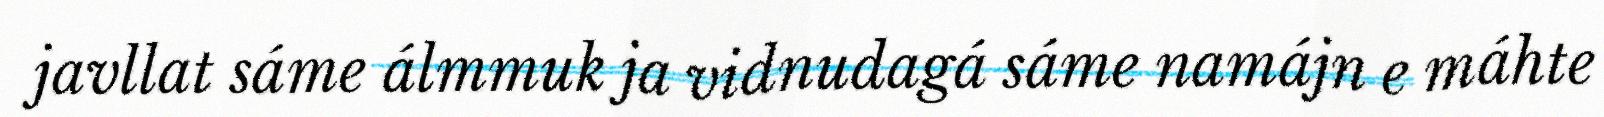
javllat sáme álmmuk ja vidnudagá sáme namájn e máhte